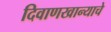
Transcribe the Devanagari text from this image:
दिवाणखान्याचे